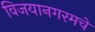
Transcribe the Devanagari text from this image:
विजयानगरमचे